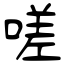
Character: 嗟